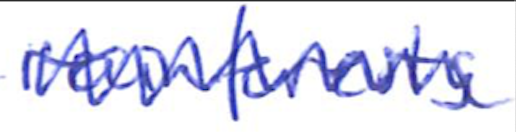
Text: rainforests
Cross-out: zig-zag
Writing tool: ballpoint